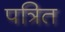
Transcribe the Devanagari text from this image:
पत्रित